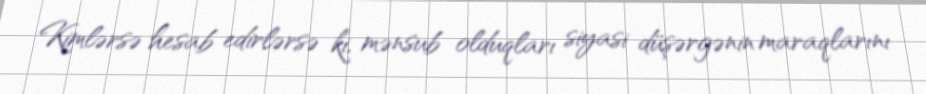
Kimlərsə hesab edirlərsə ki, mənsub olduqları siyasi düşərgənin maraqlarını